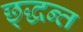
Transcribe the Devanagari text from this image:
छ्द्धन्त